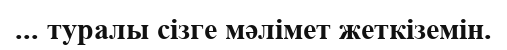
... туралы сізге мәлімет жеткіземін.